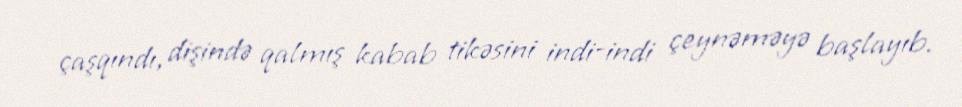
çaşqındı, dişində qalmış kabab tikəsini indi-indi çeynəməyə başlayıb.